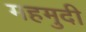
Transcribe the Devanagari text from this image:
महमुदी